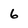
Character: 6